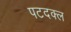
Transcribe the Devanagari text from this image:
पटदक्ल